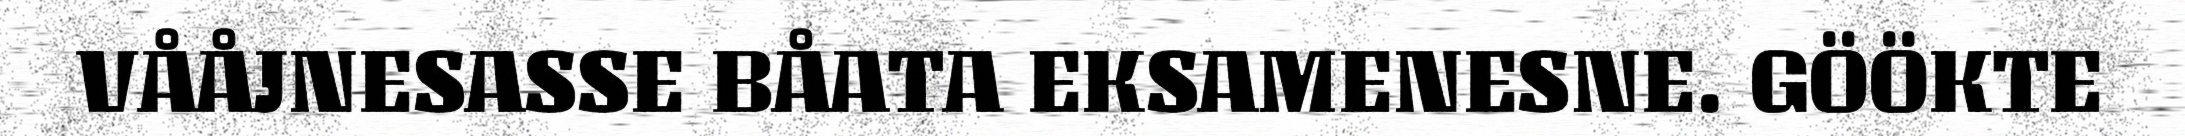
VÅÅJNESASSE BÅATA EKSAMENESNE. GÖÖKTE